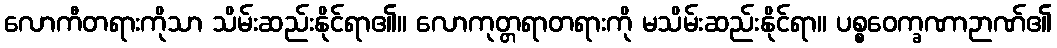
လောကီတရားကိုသာ သိမ်းဆည်းနိုင်ရာ၏။ လောကုတ္တရာတရားကို မသိမ်းဆည်းနိုင်ရာ။ ပစ္စဝေက္ခဏာဉာဏ်၏